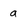
Character: a